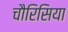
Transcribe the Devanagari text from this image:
चौरिसिया